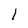
Character: 1